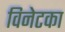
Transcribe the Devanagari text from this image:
विनेटका